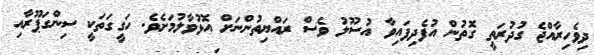
ދިވެހިރާއްޖެ ގުދުރަތީ ގޮތުން އުފެދިފައިވާ އުސޫލު ވެސް ރައްޔިތުންނަށް އޮޅުވާލުމަށެވެ. ހަގީގަތަކީ ސިންގަޕޫރާއި